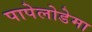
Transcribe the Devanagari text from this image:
पापेलोडेमा